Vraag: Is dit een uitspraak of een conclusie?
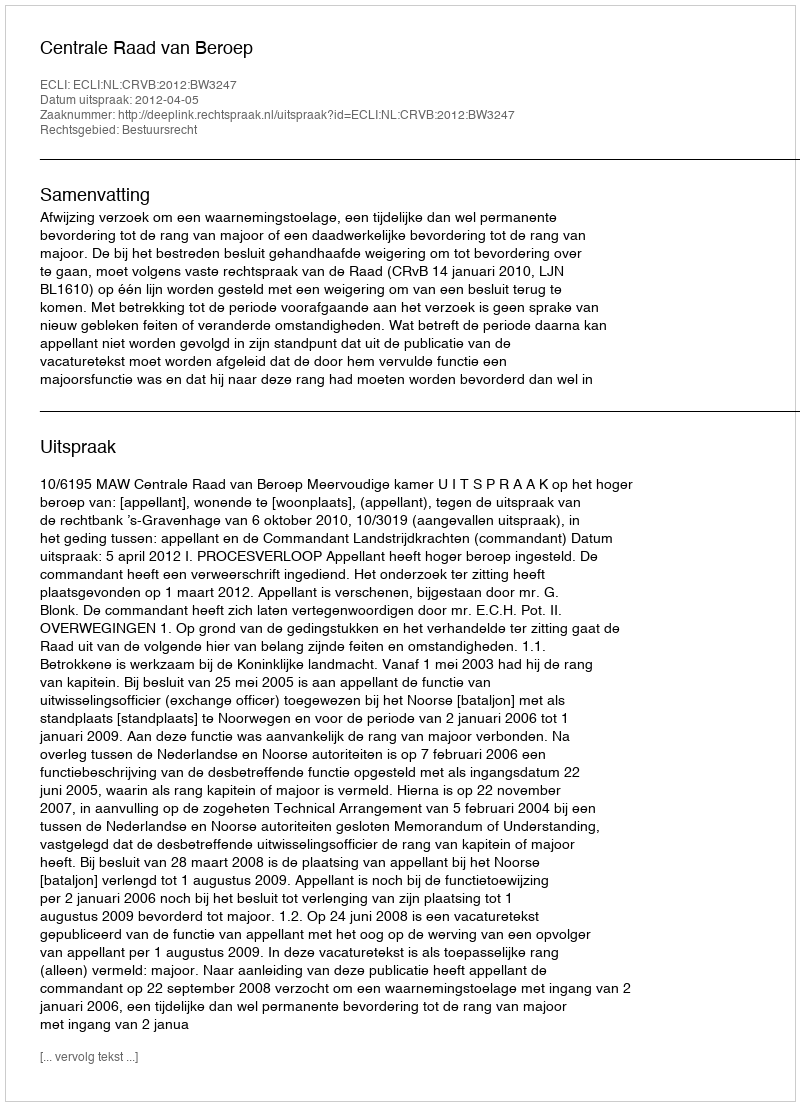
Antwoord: Uitspraak